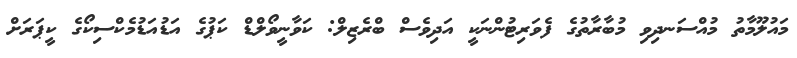
މައުލޫމާތު މުއްސަނދިވި މުބާރާތުގެ ފެވަރިޓުންނަކީ އަދިވެސް ބްރެޒިލް: ކަވާނީވޯލްޑް ކަޕުގެ އަޑުއަޑުމެކްސިކޯގެ ކީޕަރަށް